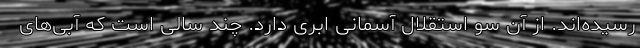
رسیده‌اند. از آن سو استقلال آسمانی ابری دارد. چند سالی است که آبی‌های